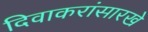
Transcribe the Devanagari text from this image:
दिवाकरांसारखे